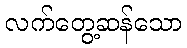
လက်တွေ့ဆန်သော